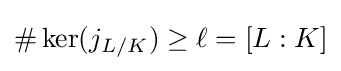
\#\ker(j_{L/K})\geq \ell =[L:K]